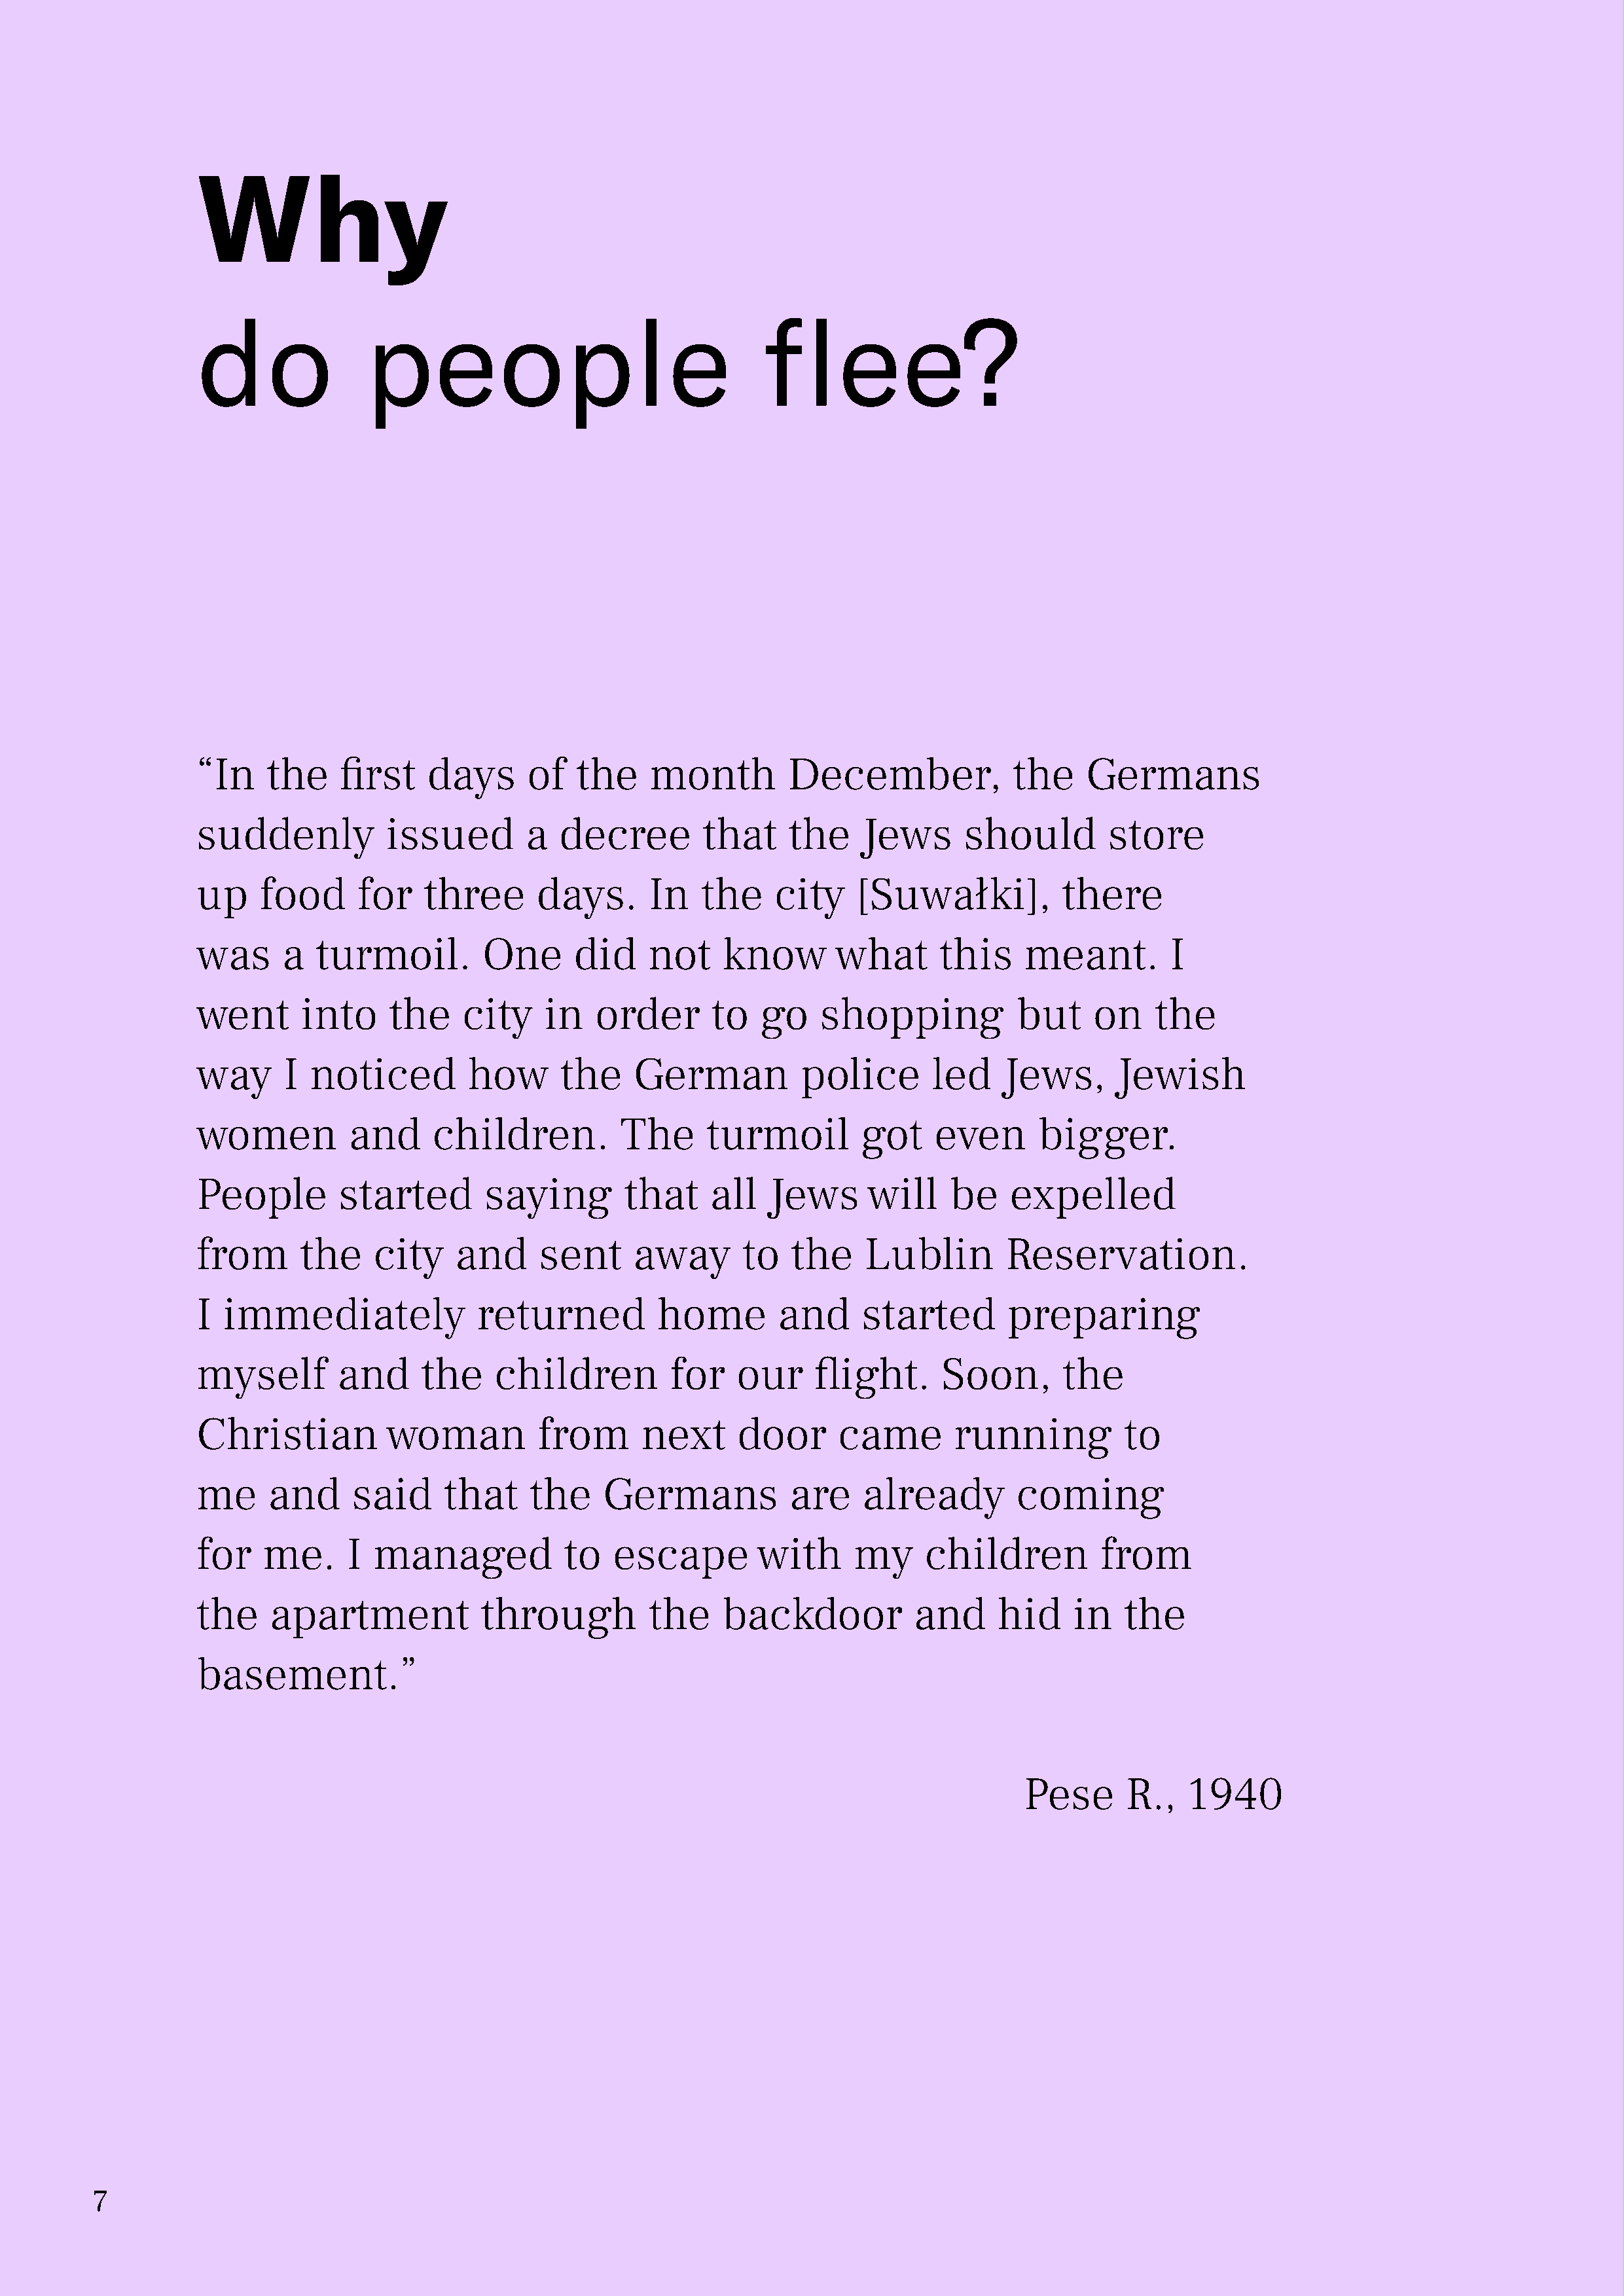
Why
 do               people                                  flee?
 “In    the    first    days      of   the     month         December,             the     Germans
 suddenly           issued        a   decree        that     the    Jews      should         store
 up    food      for    three      days.       In   the    city     [Suwałki],          there
 was      a  turmoil.         One      did     not    know       what       this     meant.        I
 went      into     the     city    in   order       to   go    shopping            but     on    the
 way      I noticed         how       the    German           police       led    Jews,       Jewish
 women          and      children.          The     turmoil         got    even       bigger.
 People        started        saying        that     all   Jews      will    be    expelled
 from      the     city    and     sent      away       to   the    Lublin         Reservation.
 I  immediately              returned          home         and     started        preparing
 myself        and      the    children          for   our     flight.      Soon,       the
 Christian          woman          from       next      door      came       running           to
 me     and      said     that     the    Germans            are    already         coming
 for    me.     I  managed            to   escape         with     my     children          from
 the    apartment             through          the    backdoor           and      hid    in    the
 basement.”
 Pese      R.,   1940
 7